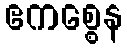
ဧကစ္စေန